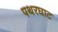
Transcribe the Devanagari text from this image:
पथरघाट